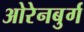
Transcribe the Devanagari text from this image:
ओरेनबुर्ग